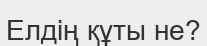
Елдің құты не?